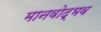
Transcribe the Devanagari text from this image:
मानवोद्भव